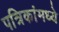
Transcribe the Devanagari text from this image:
पत्रिकांमध्ये